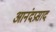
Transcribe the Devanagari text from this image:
आनंदप्रसाद